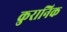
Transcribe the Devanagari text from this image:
कुरानिक